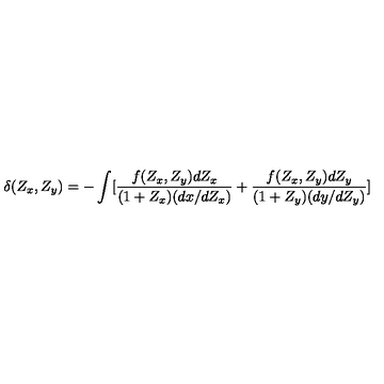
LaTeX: \delta ( Z _ { x } , Z _ { y } ) = - \int [ \frac { f ( Z _ { x } , Z _ { y } ) d Z _ { x } } { ( 1 + Z _ { x } ) ( d x / d Z _ { x } ) } + \frac { f ( Z _ { x } , Z _ { y } ) d Z _ { y } } { ( 1 + Z _ { y } ) ( d y / d Z _ { y } ) } ]